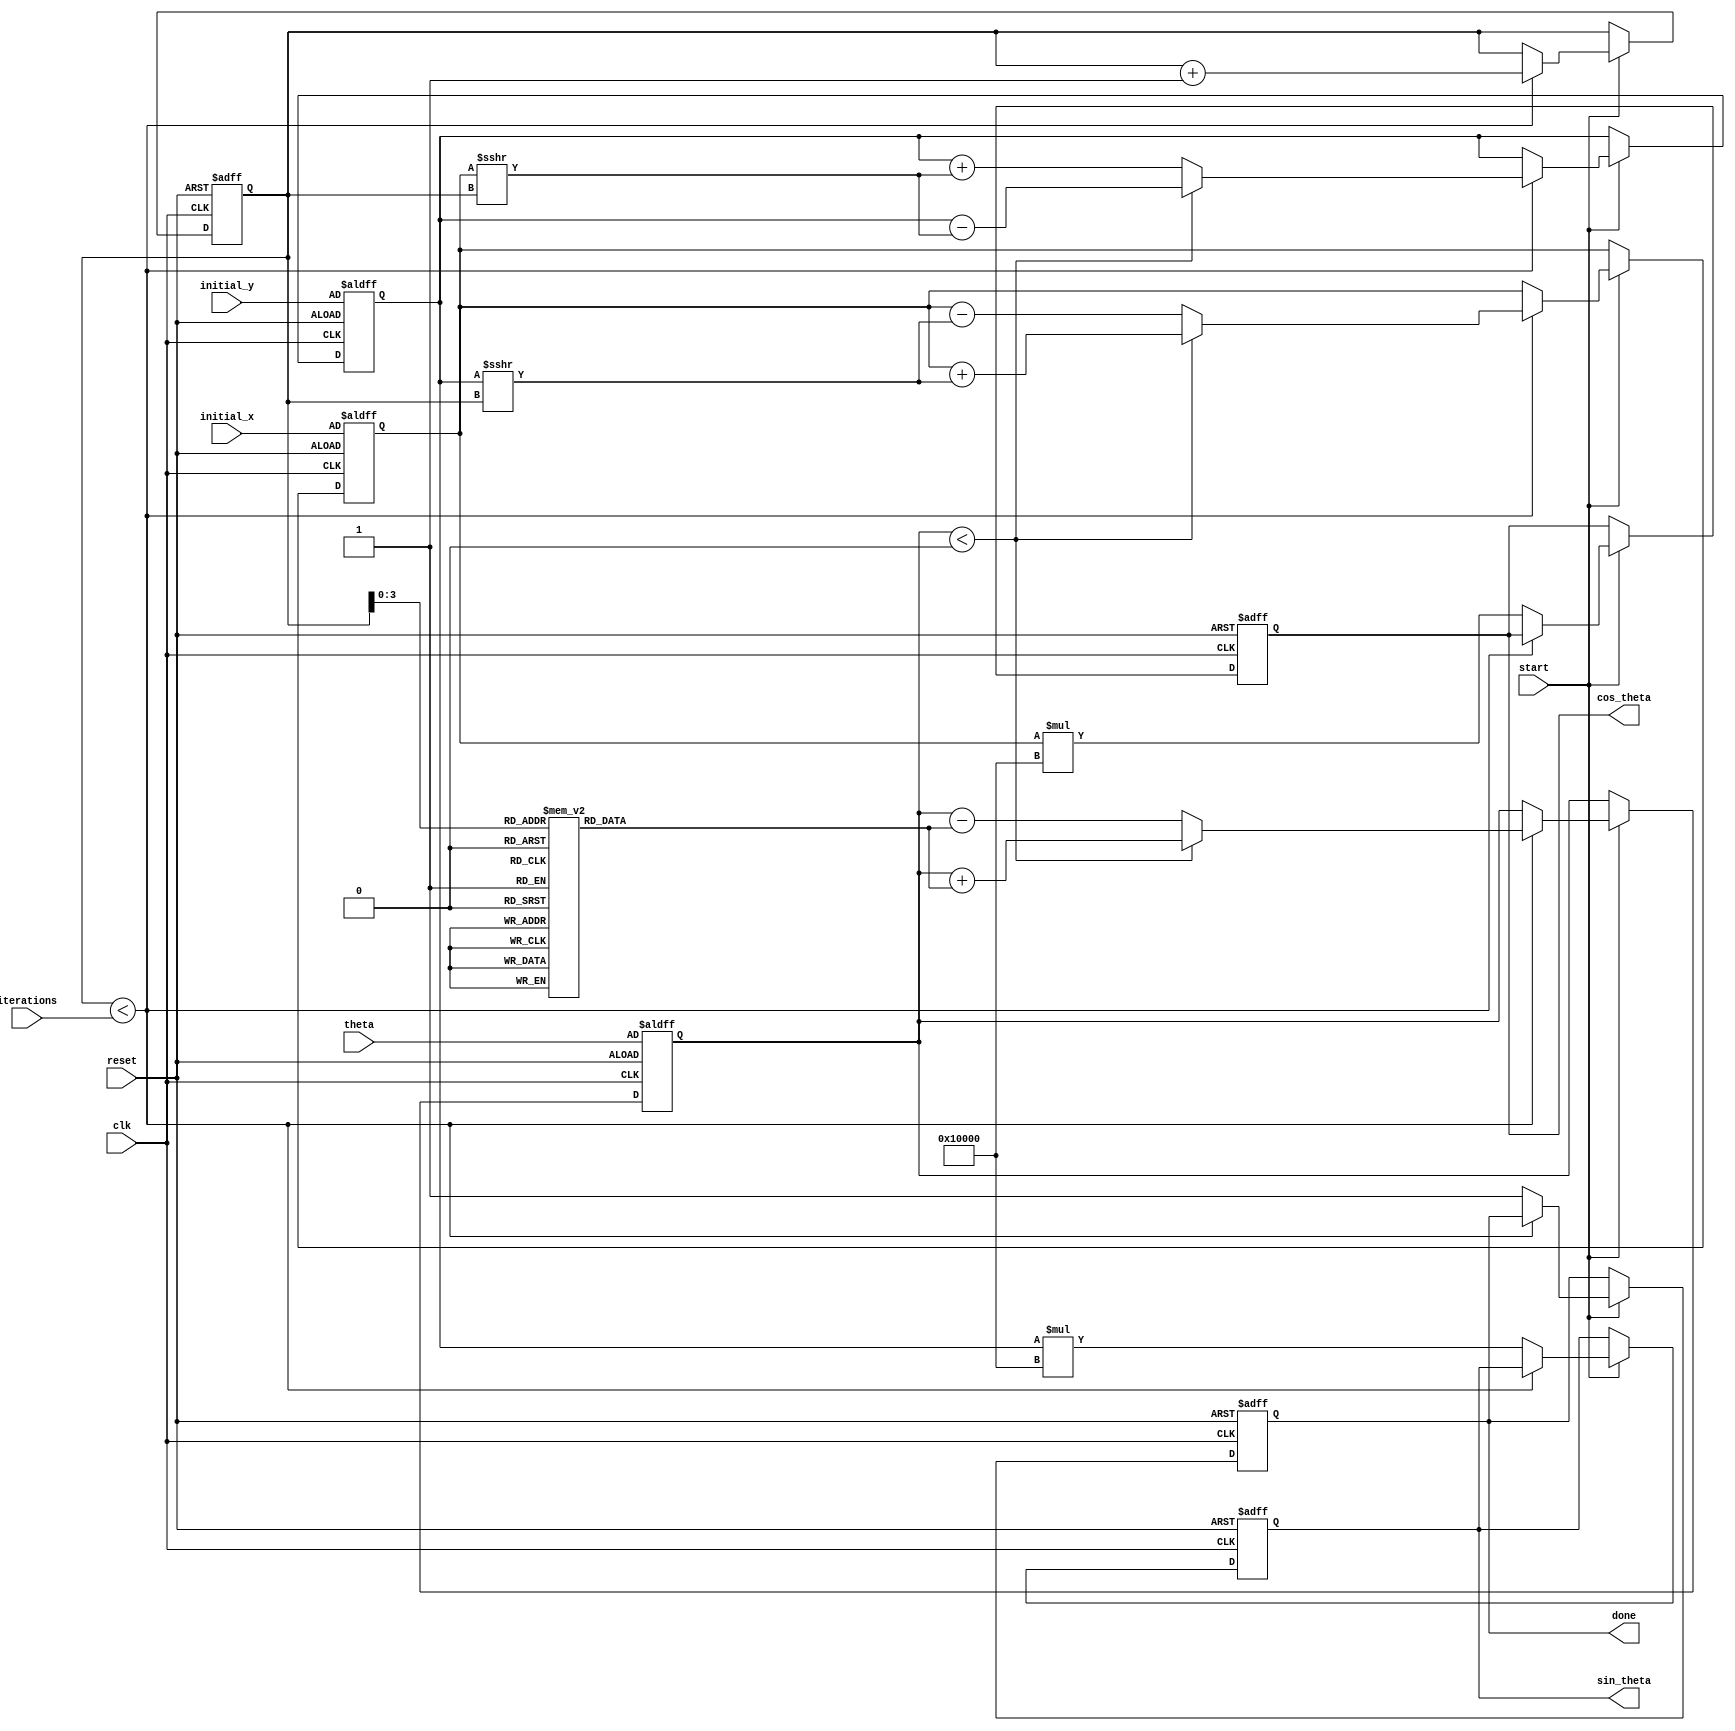
module cordic (
    input wire clk,
    input wire reset,
    input wire start,
    input wire [31:0] theta,          // Input angle in radians (fixed-point)
    input wire [31:0] initial_x,      // Initial x-coordinate
    input wire [31:0] initial_y,      // Initial y-coordinate
    input wire [4:0] iterations,       // Number of iterations
    output reg [31:0] cos_theta,      // Output cosine
    output reg [31:0] sin_theta,      // Output sine
    output reg done                    // Done signal
);

    // Internal parameters
    parameter NUM_ITERATIONS = 16;    // Number of iterations for CORDIC
    parameter FIXED_POINT_SCALE = 32'h00010000; // Scaling factor (2^16)

    // Internal registers
    reg [31:0] x, y, z;                // x, y coordinates and angle
    reg [4:0] iteration_count;         // Iteration counter
    reg [31:0] atan_lut [0:NUM_ITERATIONS-1]; // Lookup table for arctangent values

    // Initialize the arctangent lookup table
    initial begin
        // Populate the LUT with precomputed arctangent values (in fixed-point)
        atan_lut[0] = 32'h00000000; // atan(0)
        atan_lut[1] = 32'h0000003F; // atan(1) = pi/4
        atan_lut[2] = 32'h00000020; // atan(0.5)
        atan_lut[3] = 32'h00000015; // atan(0.25)
        // Continue filling the LUT for more values as needed...
    end

    // State machine for CORDIC computation
    always @(posedge clk or posedge reset) begin
        if (reset) begin
            cos_theta <= 32'b0;
            sin_theta <= 32'b0;
            done <= 1'b0;
            iteration_count <= 5'b0;
            x <= initial_x;
            y <= initial_y;
            z <= theta;
        end else if (start) begin
            if (iteration_count < iterations) begin
                // CORDIC rotation logic
                if (z < 0) begin
                    // Rotate clockwise
                    x <= x + (y >>> iteration_count);
                    y <= y - (x >>> iteration_count);
                    z <= z + atan_lut[iteration_count];
                end else begin
                    // Rotate counter-clockwise
                    x <= x - (y >>> iteration_count);
                    y <= y + (x >>> iteration_count);
                    z <= z - atan_lut[iteration_count];
                end
                iteration_count <= iteration_count + 1;
            end else begin
                // Store results and signal completion
                cos_theta <= x * FIXED_POINT_SCALE; // Scale the result
                sin_theta <= y * FIXED_POINT_SCALE; // Scale the result
                done <= 1'b1;
            end
        end
    end

endmodule